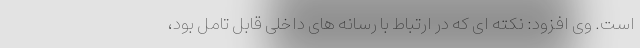
است. وی افزود: نکته ای که در ارتباط با رسانه های داخلی قابل تامل بود،